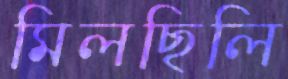
মিলছিলি